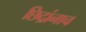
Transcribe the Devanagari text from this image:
छिद्रांनाच